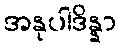
အနုပါဒိန္နာ